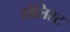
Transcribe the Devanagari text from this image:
शेलिस्ट